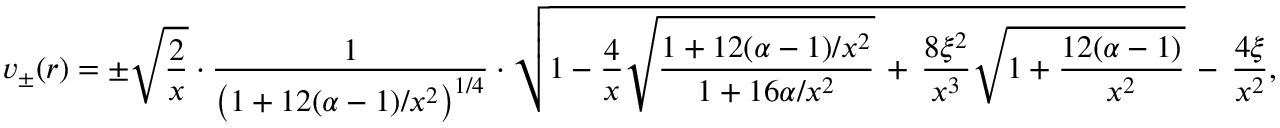
v _ { \pm } ( r ) = \pm \sqrt { \frac { 2 } { x } } \cdot \frac { 1 } { \left( 1 + 1 2 ( \alpha - 1 ) / x ^ { 2 } \right) ^ { 1 / 4 } } \cdot \sqrt { 1 - \frac { 4 } { x } \sqrt { \frac { 1 + 1 2 ( \alpha - 1 ) / x ^ { 2 } } { 1 + 1 6 \alpha / x ^ { 2 } } } \, + \, \frac { 8 \xi ^ { 2 } } { x ^ { 3 } } \sqrt { 1 + \frac { 1 2 ( \alpha - 1 ) } { x ^ { 2 } } } } \, - \, \frac { 4 \xi } { x ^ { 2 } } ,